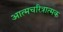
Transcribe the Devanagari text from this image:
अात्मचरित्रात्मक